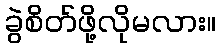
ခွဲစိတ်ဖို့လိုမလား။